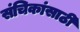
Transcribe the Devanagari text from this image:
संचिकांसाठी